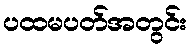
ပထမပတ်အတွင်း